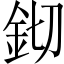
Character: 𨥔